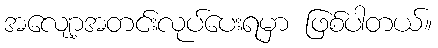
အလျော့အတင်းလုပ်ပေးရမှာ ဖြစ်ပါတယ်။